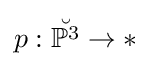
p:{\breve {\mathbb {P} ^{3}}}\to *